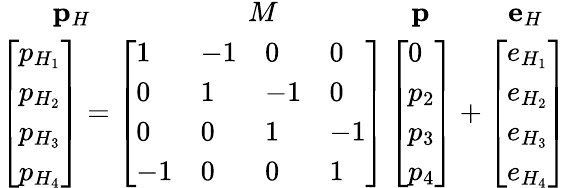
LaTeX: \begin{array}{r}{\mathbf{p}_{H}\; \; \; \; \; \; \; \; \; \; \; \; \; \; \; \; \; \; \; \; M\; \; \; \; \; \; \; \; \; \; \; \; \; \; \; \; \; \mathbf{p}\; \; \; \; \; \; \; \; \; \; \mathbf{e}_{H}\; \; \; }\\ {\left[\begin{array}{l}{p_{H_{1}}}\\ {p_{H_{2}}}\\ {p_{H_{3}}}\\ {p_{H_{4}}}\end{array}\right]=\left[\begin{array}{llll}{1}&{-1}&{0}&{0}\\ {0}&{1}&{-1}&{0}\\ {0}&{0}&{1}&{-1}\\ {-1}&{0}&{0}&{1}\end{array}\right]\left[\begin{array}{l}{0}\\ {p_{2}}\\ {p_{3}}\\ {p_{4}}\end{array}\right]+\left[\begin{array}{l}{e_{H_{1}}}\\ {e_{H_{2}}}\\ {e_{H_{3}}}\\ {e_{H_{4}}}\end{array}\right]}\end{array}